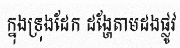
ក្នុងទ្រុងដែក ដង្ហែតាមដងផ្លូវ